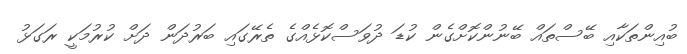
ބުއިންތަކާއި ބޭސްތައް ބޭނުންކޮށްގެން ކުޑަ ދުވަސްކޮޅެއްގެ ތެރޭގައި ބަރުދަން ދަށް ކުރުމަކީ ރަގަޅު